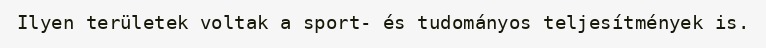
Ilyen területek voltak a sport- és tudományos teljesítmények is.